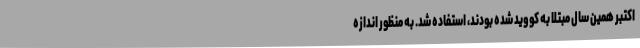
اکتبر همین سال مبتلا به کووید شده بودند، استفاده شد. به منظور اندازه